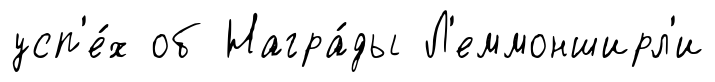
усп'е́х об Награ́ды Л'еммонширл'и